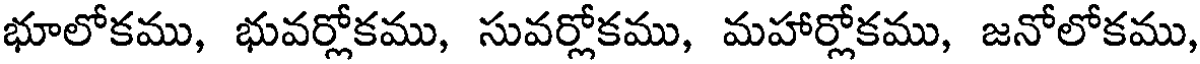
భూలోకము, భువర్లోకము, సువర్లోకము, మహార్లోకము, జనోలోకము,